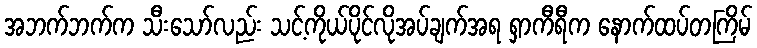
အဘက်ဘက်က သီးသော်လည်း သင့်ကိုယ်ပိုင်လိုအပ်ချက်အရ ရှာကီရီက နောက်ထပ်တကြိမ်